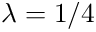
\lambda = 1 / 4